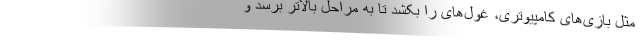
مثل بازی‌‌های کامپیوتری، غول‌های را بکشد تا به مراحل بالاتر برسد و